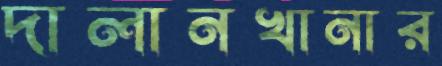
দালানখানার